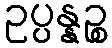
ဥပ္ပန္နဉ္စ